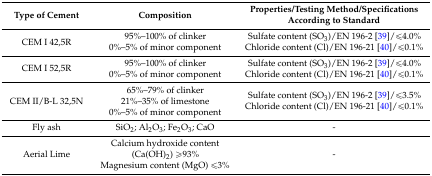
| Type of Cement | Composition | Properties/Testing Method/Specifications According to Standard |
 | --- | --- | --- |
 | CEM I 42,5R | 95%–100% of clinker 0%–5% of minor component | Sulfate content (SO3)/EN 196-2 [39]/≤4.0% Chloride content (Cl)/EN 196-21 [40]/≤0.1% |
 | CEM I 52,5R | 95%–100% of clinker 0%–5% of minor component | Sulfate content (SO3)/EN 196-2 [39]/≤4.0% Chloride content (Cl)/EN 196-21 [40]/≤0.1% |
 | CEM II/B-L 32,5N | 65%–79% of clinker 21%–35% of limestone 0%–5% of minor component | Sulfate content (SO3)/EN 196-2 [39]/≤3.5% Chloride content (Cl)/EN 196-21 [40]/≤0.1% |
 | Fly ash | SiO2; Al2O3; Fe2O3; CaO | - |
 | Aerial Lime | Calcium hydroxide content (Ca(OH)2) ≥93% Magnesium content (MgO) ≤3% | - |